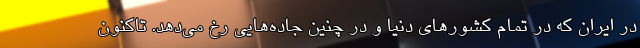
در ایران که در تمام کشورهای دنیا و در چنین جاده‌هایی رخ می‌دهد. تاکنون